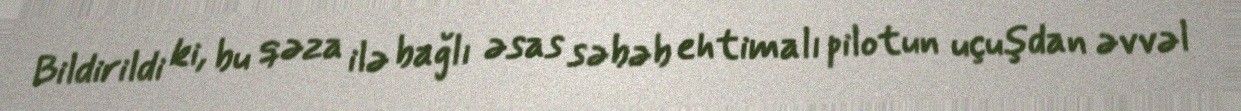
Bildirildi ki, bu qəza ilə bağlı əsas səbəb ehtimalı pilotun uçuşdan əvvəl